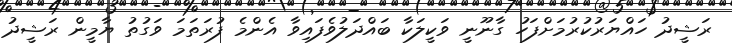
ރަޝީދު ހައްޔަރުކުރުމަށްފަހު ގާނޫނީ ވަކީލަކާ ބައްދަލުވެފައިވާ އެންމެ ފުރަތަމަ ވަގުތު ޔާމީން ރަޝީދު